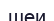
шеи